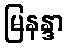
မြနန္ဒာ